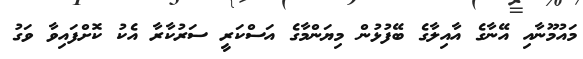
މައުމޫނާއި އޭނާގެ އާއިލާގެ ބޭފުޅުން މިޔަންމާގެ އަސްކަރީ ސަރުކާރާ އެކު ކޮށްފައިވާ ވަގު